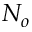
N _ { o }